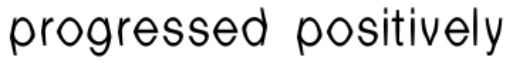
progressed positively